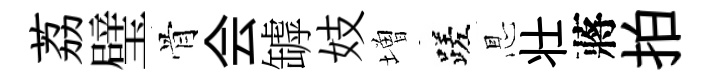
荔璧骨会罅妓増蹉㤙壮蔣拍